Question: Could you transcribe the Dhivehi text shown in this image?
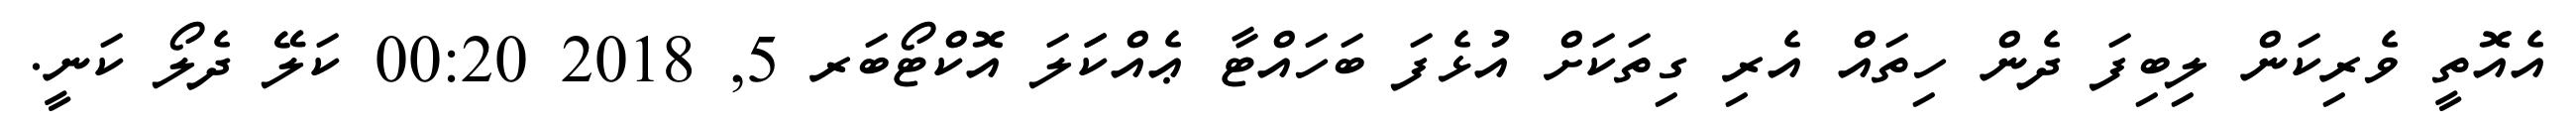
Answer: އެއޮތީ ވެރިކަން ލިބިފަ ދެން ހިތައް އެރި ގިތަކަށް އުޅެފަ ބަހައްޓާ ޢެއްކަަލަ އޮކްޓޯބަރ 5, 2018 00:20 ކަލޭ ދެލޯ ކަނީ.